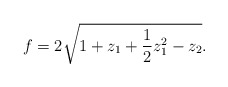
\begin{align*}f = 2 \sqrt{1 + z_1 + {1\over 2} z_1^2 - z_2}.\end{align*}